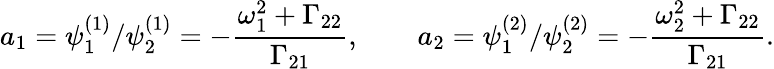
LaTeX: a_{1}=\psi_{1}^{(1)}/\psi_{2}^{(1)}=-\frac{\omega_{1}^{2}+\Gamma_{22}}{\Gamma_{21}},\qquad a_{2}=\psi_{1}^{(2)}/\psi_{2}^{(2)}=-\frac{\omega_{2}^{2}+\Gamma_{22}}{\Gamma_{21}}.